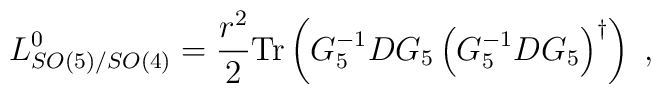
L_{SO(5)/SO(4)}^{0}=\frac{{r}^{2}}{2}\mathrm{Tr}\left(G_{5}^{-1}DG_{5}\left( G_{5}^{-1}DG_{5}\right) ^{\dag }\right) \;,